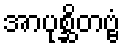
အာပုစ္ဆိတဗ္ဗံ